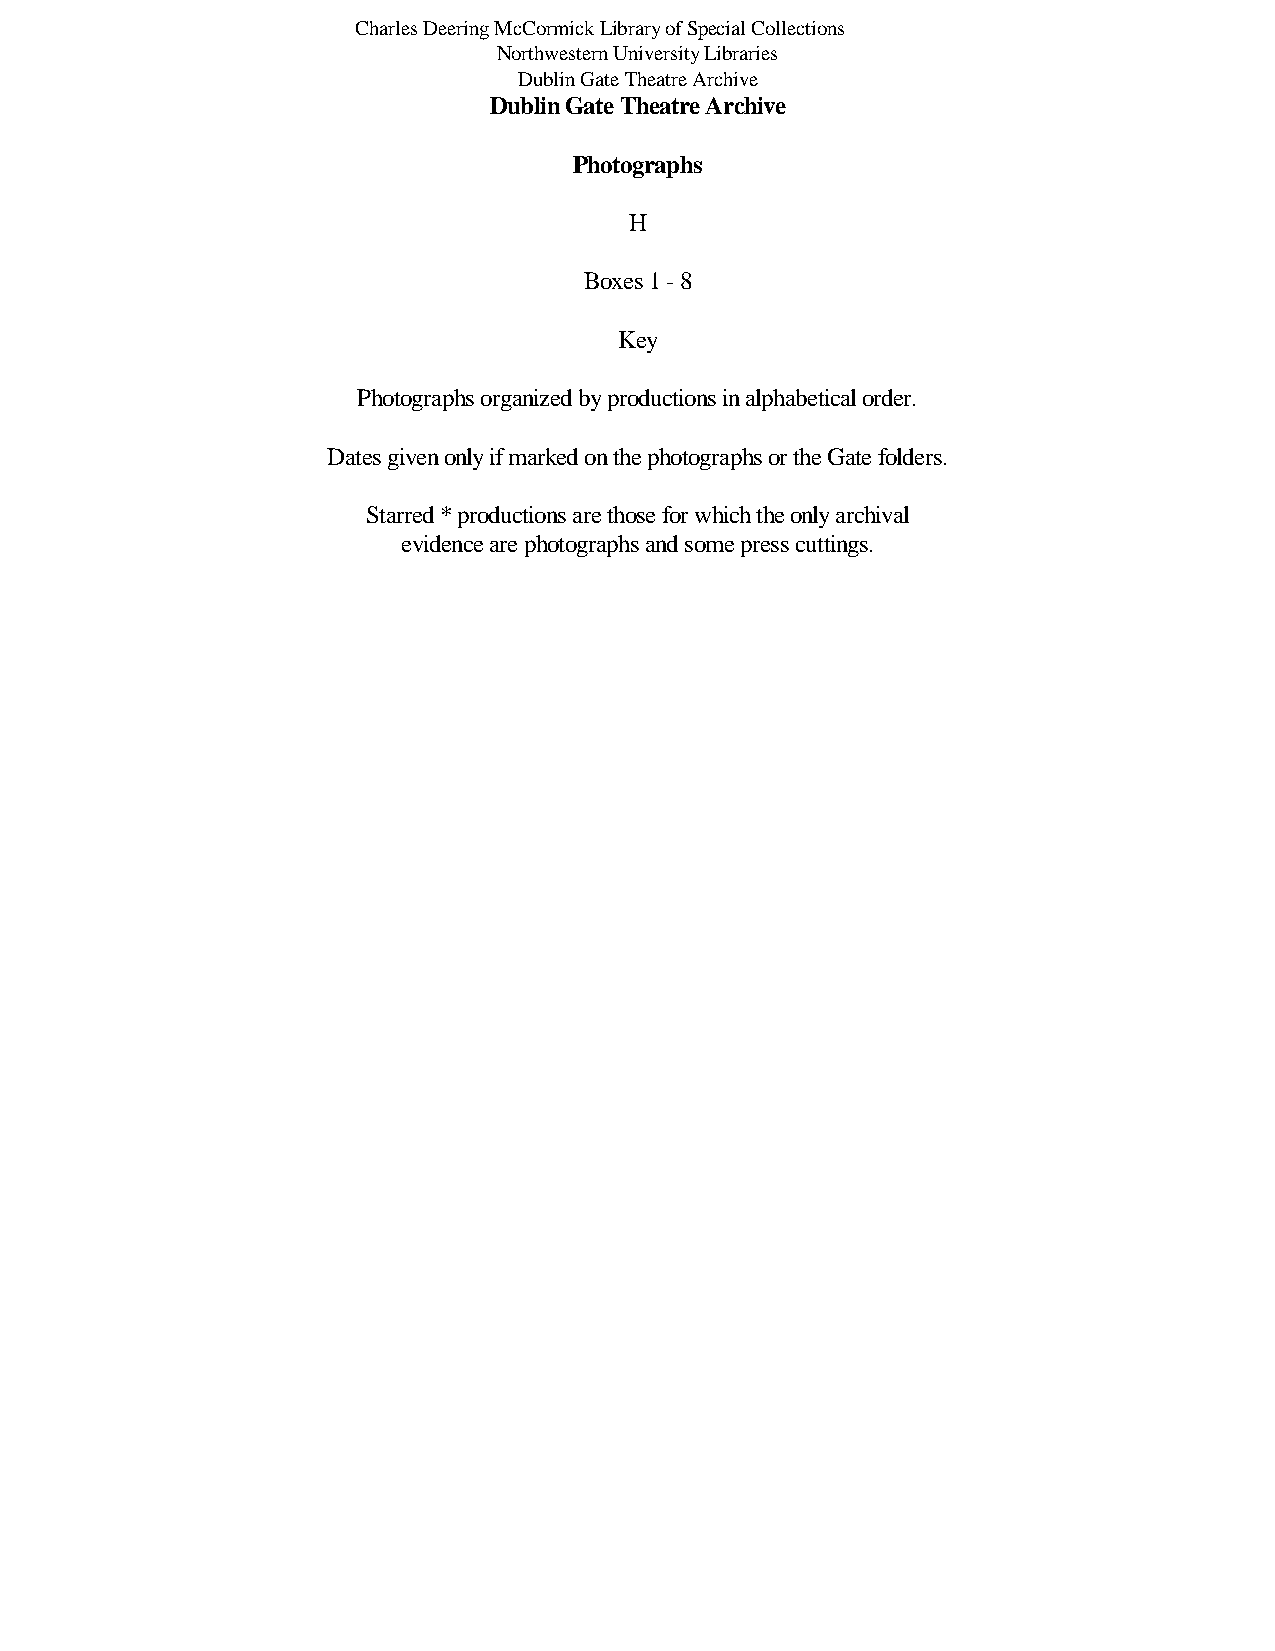
Charles Deering McCormick Library of Special Collections
 Northwestern University Libraries
 Dublin Gate Theatre Archive
 Dublin Gate Theatre Archive
 Photographs
 H
 Boxes 1 - 8
 Key
 Photographs organized by productions in alphabetical order.
 Dates given only if marked on the photographs or the Gate folders.
 Starred * productions are those for which the only archival
 evidence are photographs and some press cuttings.